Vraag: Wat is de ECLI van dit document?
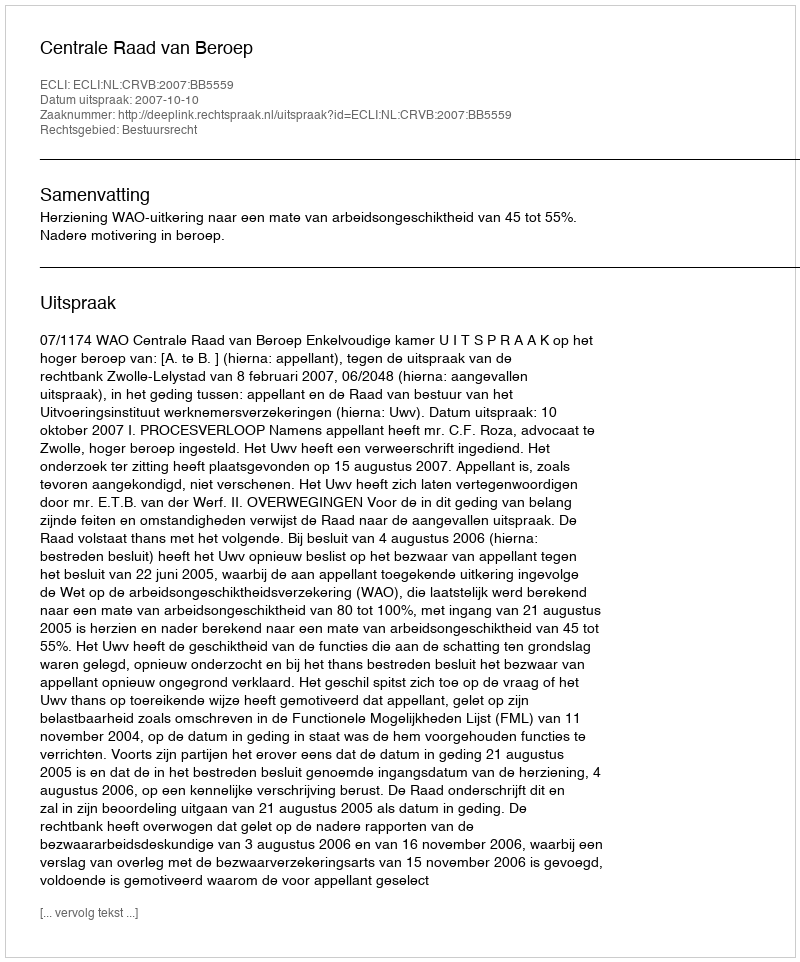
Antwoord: ECLI:NL:CRVB:2007:BB5559